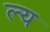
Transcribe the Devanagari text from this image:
ल्य